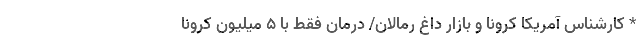
* کارشناس آمریکا کرونا و بازار داغ رمالان/ درمان فقط با ۵ میلیون کرونا